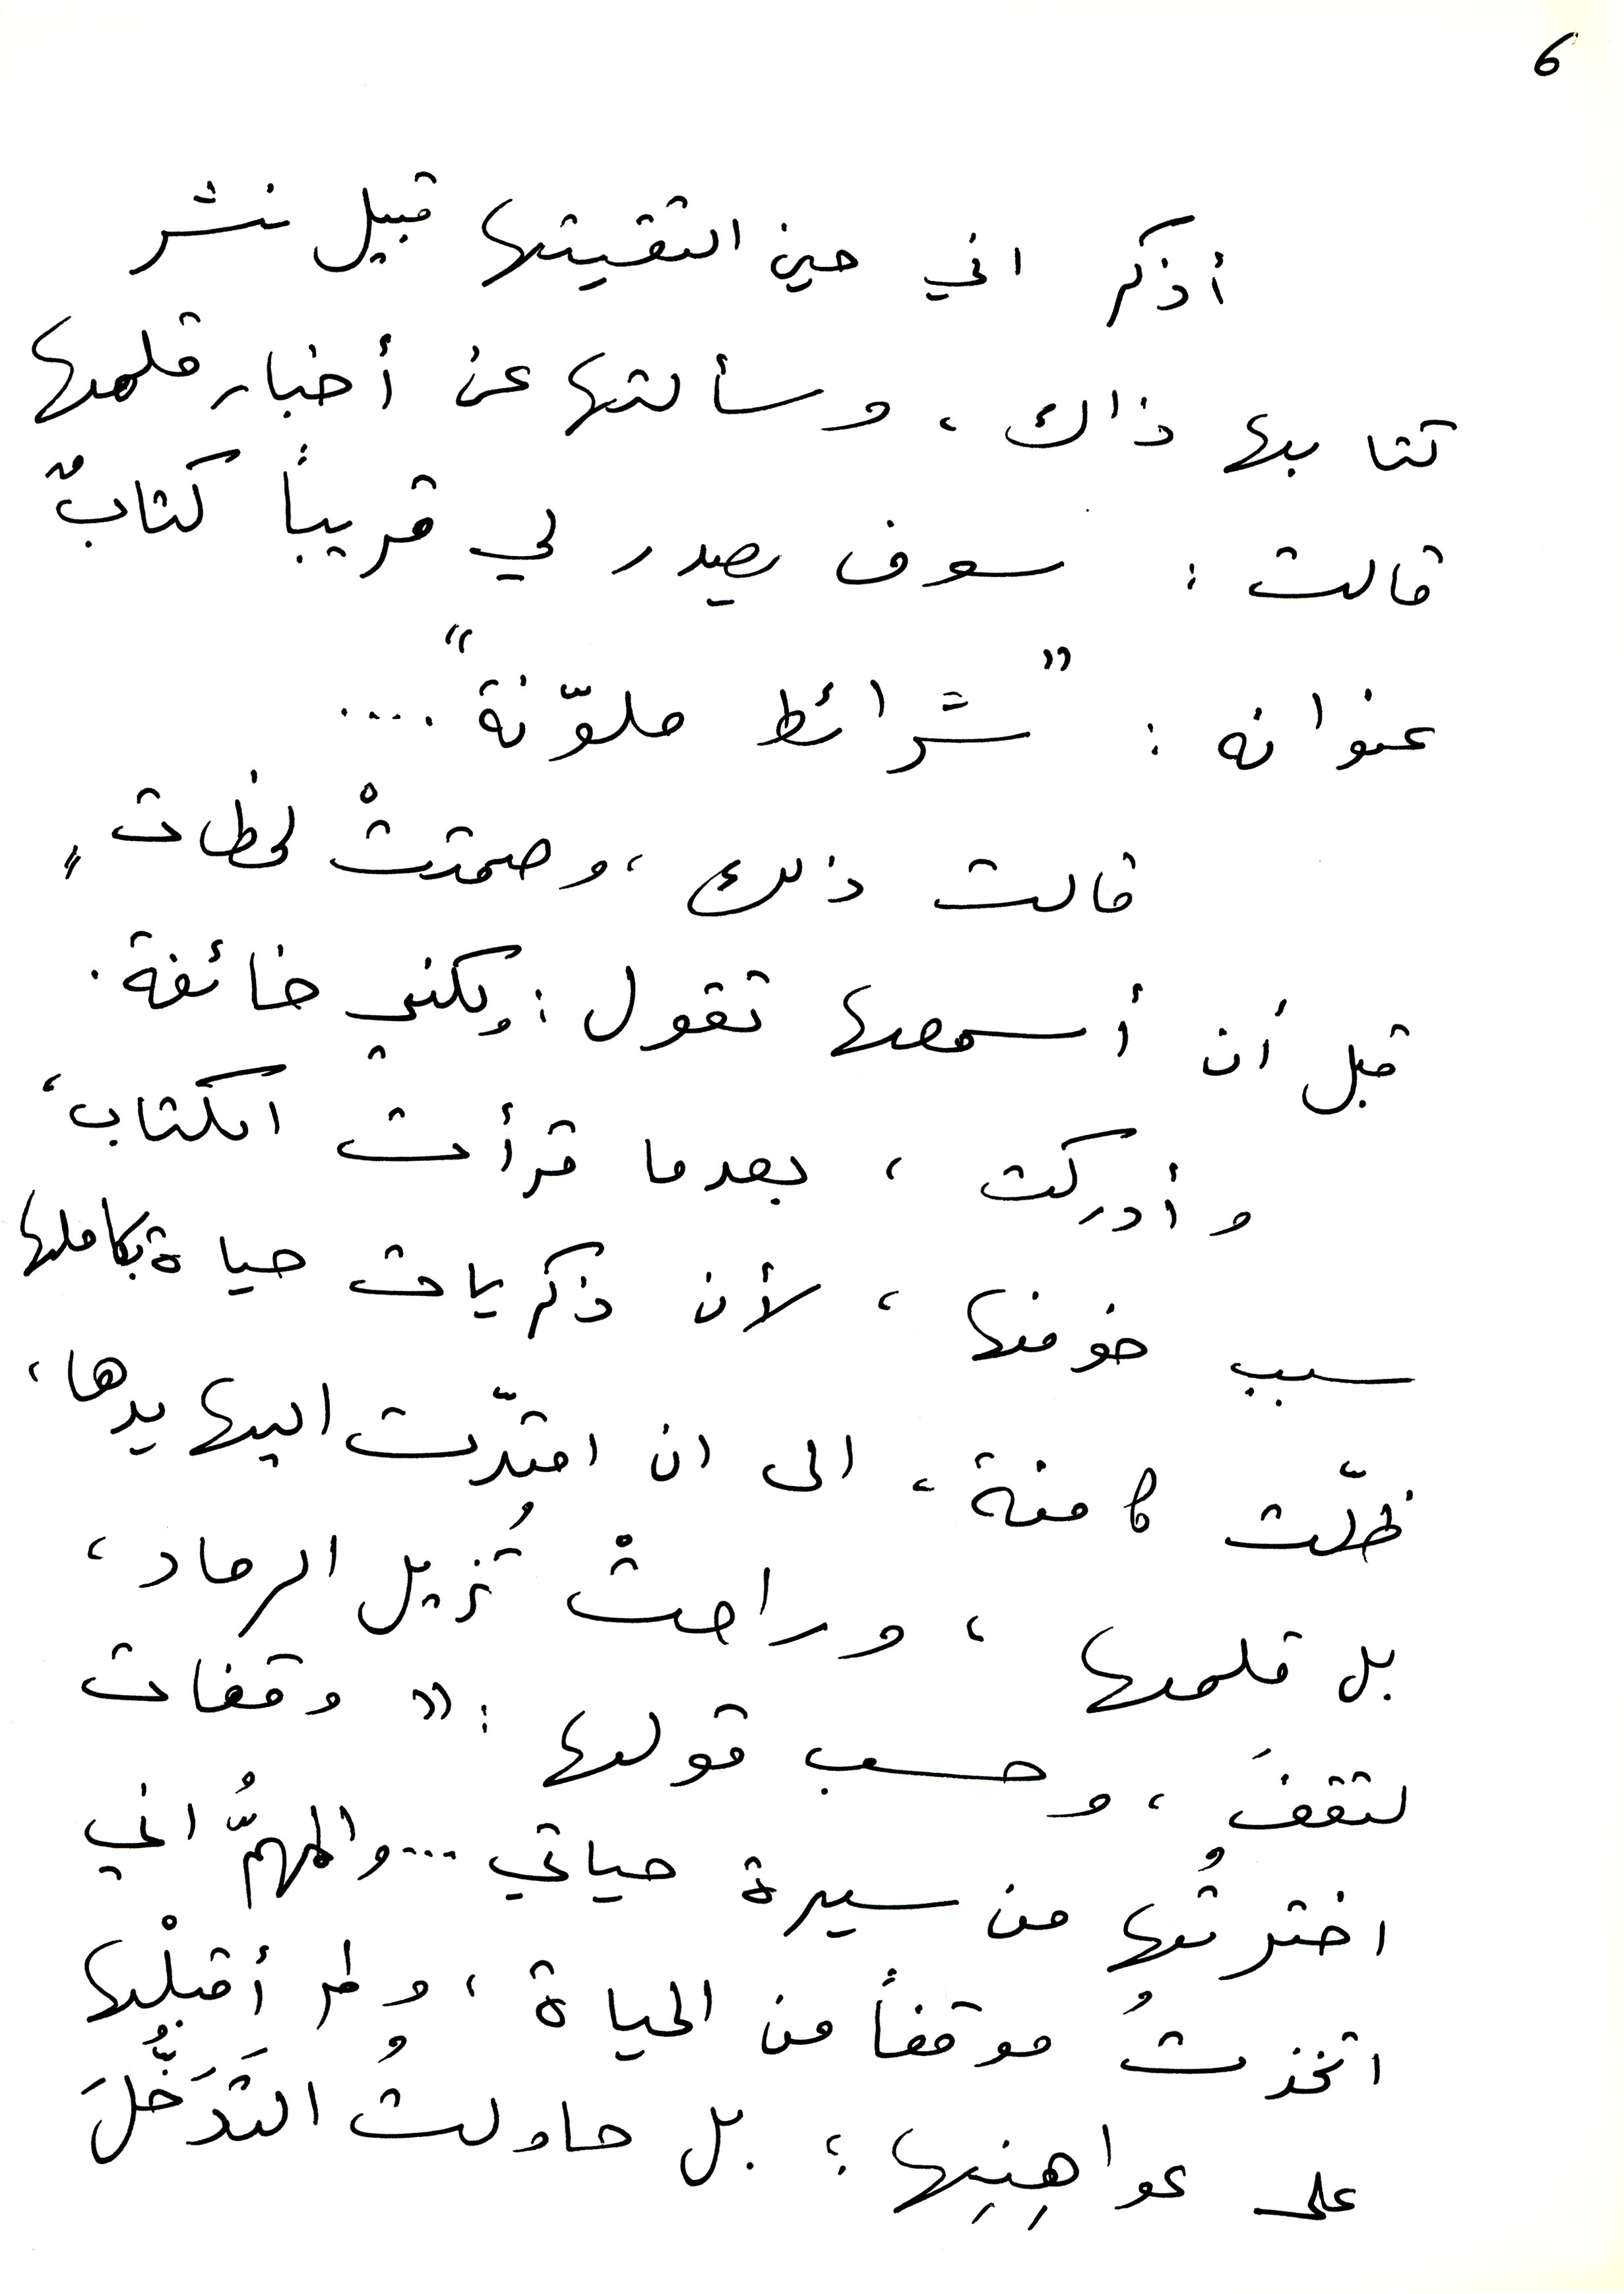
6
أذكر اني حين التقيتها قبيل نشر
كتابها ذاك، وسألتها عن أخبار قلمها
قالت: سوف يصدر لي قريباً كتابٌ
عنوانه: "شرائط ملوّنة"...
قالت ذلك، وصمتتْ لحظاتٍ
قبل أن أسمعها تقول: ولكني خائفة.
وأدركت، بعدما قرأت الكتاب،
سبب خوفها، لأن ذكريات حياة بكاملها
ظلّت كامنة، الى ان امتدّت اليها يدها،
بل قلمها، وراحتْ تزيل الرماد،
لتقفَ، وحسب قولها: " وقفات
اخترتُها من سيرة حياتي ... والمهمُّ اني
اتخذتُ موقفاً من الحياة، ولم أقبِلْها
على عواهِنِها ؛ بل حاولت التّدَخُّلَ